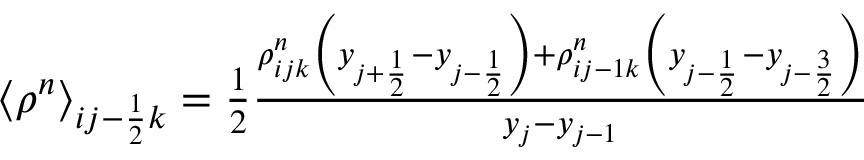
\begin{array} { r } { \left< \rho ^ { n } \right> _ { i j - \frac { 1 } { 2 } k } = \frac { 1 } { 2 } \frac { \rho _ { i j k } ^ { n } \left( y _ { j + \frac { 1 } { 2 } } - y _ { j - \frac { 1 } { 2 } } \right) + \rho _ { i j - 1 k } ^ { n } \left( y _ { j - \frac { 1 } { 2 } } - y _ { j - \frac { 3 } { 2 } } \right) } { y _ { j } - y _ { j - 1 } } } \end{array}